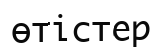
өтістер